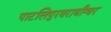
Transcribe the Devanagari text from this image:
पाटलिपुरवराधीश्वर